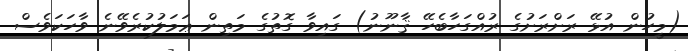
(މީހުން އުޅޭ ރަށްރަށުގެ ރުއްގަހާބެހޭ ޤާނޫނު) ގައިވާ ގޮތުގެ މަތިން ޢަމަލުކުރެވޭނެ ވާހަކަވެސް